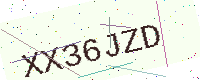
Text: XX36JZD